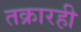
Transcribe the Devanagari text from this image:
तक्रारही